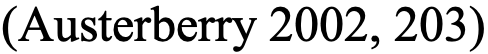
(Austerberry 2002, 203)